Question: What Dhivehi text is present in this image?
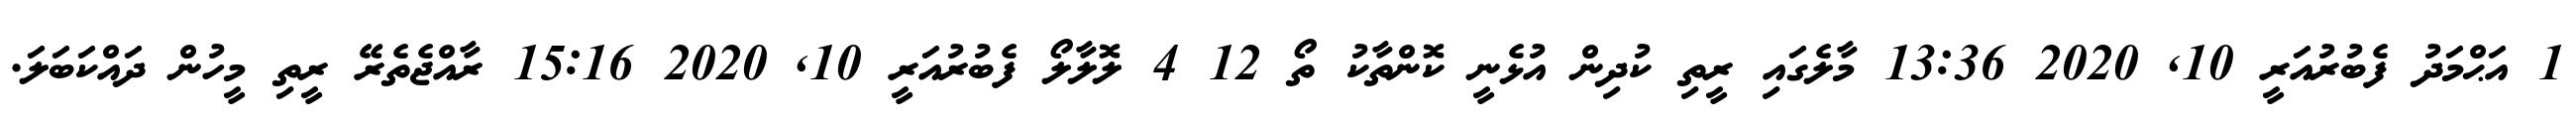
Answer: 1 އަޙްމަދު ފެބުރުއަރީ 10, 2020 13:36 މާލެގައި ރީތި ކުދިން އުޅެނީ ކޮންތާކު ތޯ 12 4 ލޮލާލޯ ފެބުރުއަރީ 10, 2020 15:16 ރާއްޖެތެރޭ ރީތި މީހުން ދައްކަބަލަ.